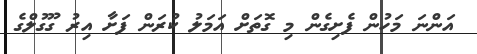
އަންނަ މަހުން ފެށިގެން މި ގޮތަށް އަމަލު ކުރަން ފަށާ އިރު ގޫގުލްގެ